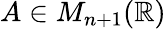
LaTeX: A\in M_{n+1}(\mathbb{R})